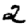
Digit: 2